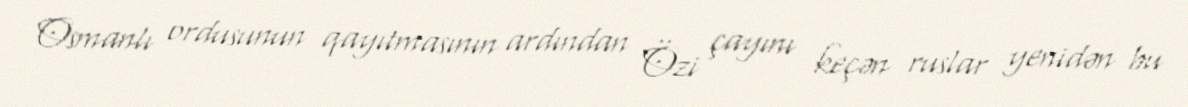
Osmanlı ordusunun qayıtmasının ardından Özi çayını keçən ruslar yenidən bu